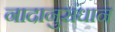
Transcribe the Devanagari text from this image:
नादानुसंधान